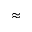
\approx